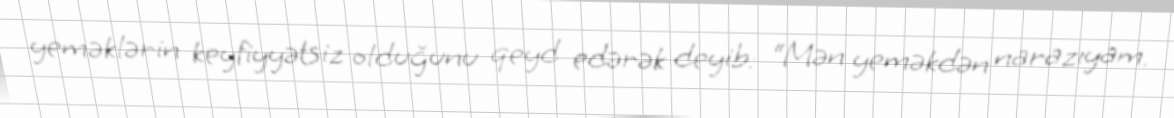
yeməklərin keyfiyyətsiz olduğunu qeyd edərək deyib: “Mən yeməkdən narazıyam.